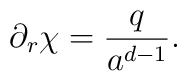
\partial _{r}\chi =\frac{q}{a^{d-1}}.